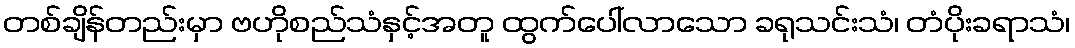
တစ်ချိန်တည်းမှာ ဗဟိုစည်သံနှင့်အတူ ထွက်ပေါ်လာသော ခရုသင်းသံ၊ တံပိုးခရာသံ၊